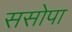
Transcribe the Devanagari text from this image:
ससोपा